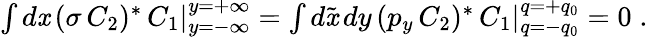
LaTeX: \textstyle{\int}\, d\mathit{x}\, (\sigma\, C_{2})^{\ast}\, C_{1}\vert_{y=-\infty}^{y=+\infty}=\textstyle{\int}\, d\tilde{{\mathit{x}}}\, dy\, (p_{y}\, C_{2})^{\ast}\, C_{1}\vert_{q=-q_{0}}^{q=+q_{0}}=0\; .